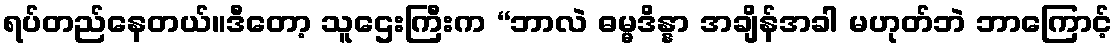
ရပ်တည်နေတယ်။ဒီတော့ သူဌေးကြီးက “ဘာလဲ ဓမ္မဒိန္နာ အချိန်အခါ မဟုတ်ဘဲ ဘာကြောင့်